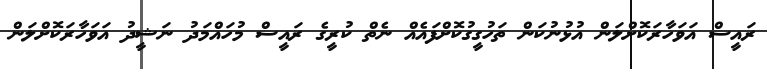
ރައީސް އަވަހާރަކޮށްލަން އުޅުނުކަން ތަހުގީގުކޮށްފައެއް ނެތް ކުރީގެ ރައީސް މުހައްމަދު ނަޝީދު އަވަހާރަކޮށްލަން